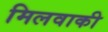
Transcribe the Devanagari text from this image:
मिलवाकी